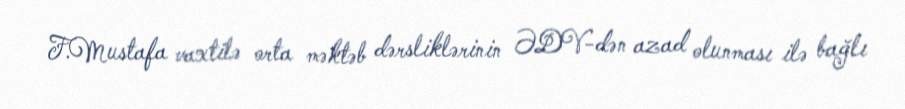
F.Mustafa vaxtilə orta məktəb dərsliklərinin ƏDV-dən azad olunması ilə bağlı